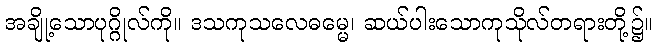
အချို့သောပုဂ္ဂိုလ်ကို။ ဒသကုသလေဓမ္မေ၊ ဆယ်ပါးသောကုသိုလ်တရားတို့၌။